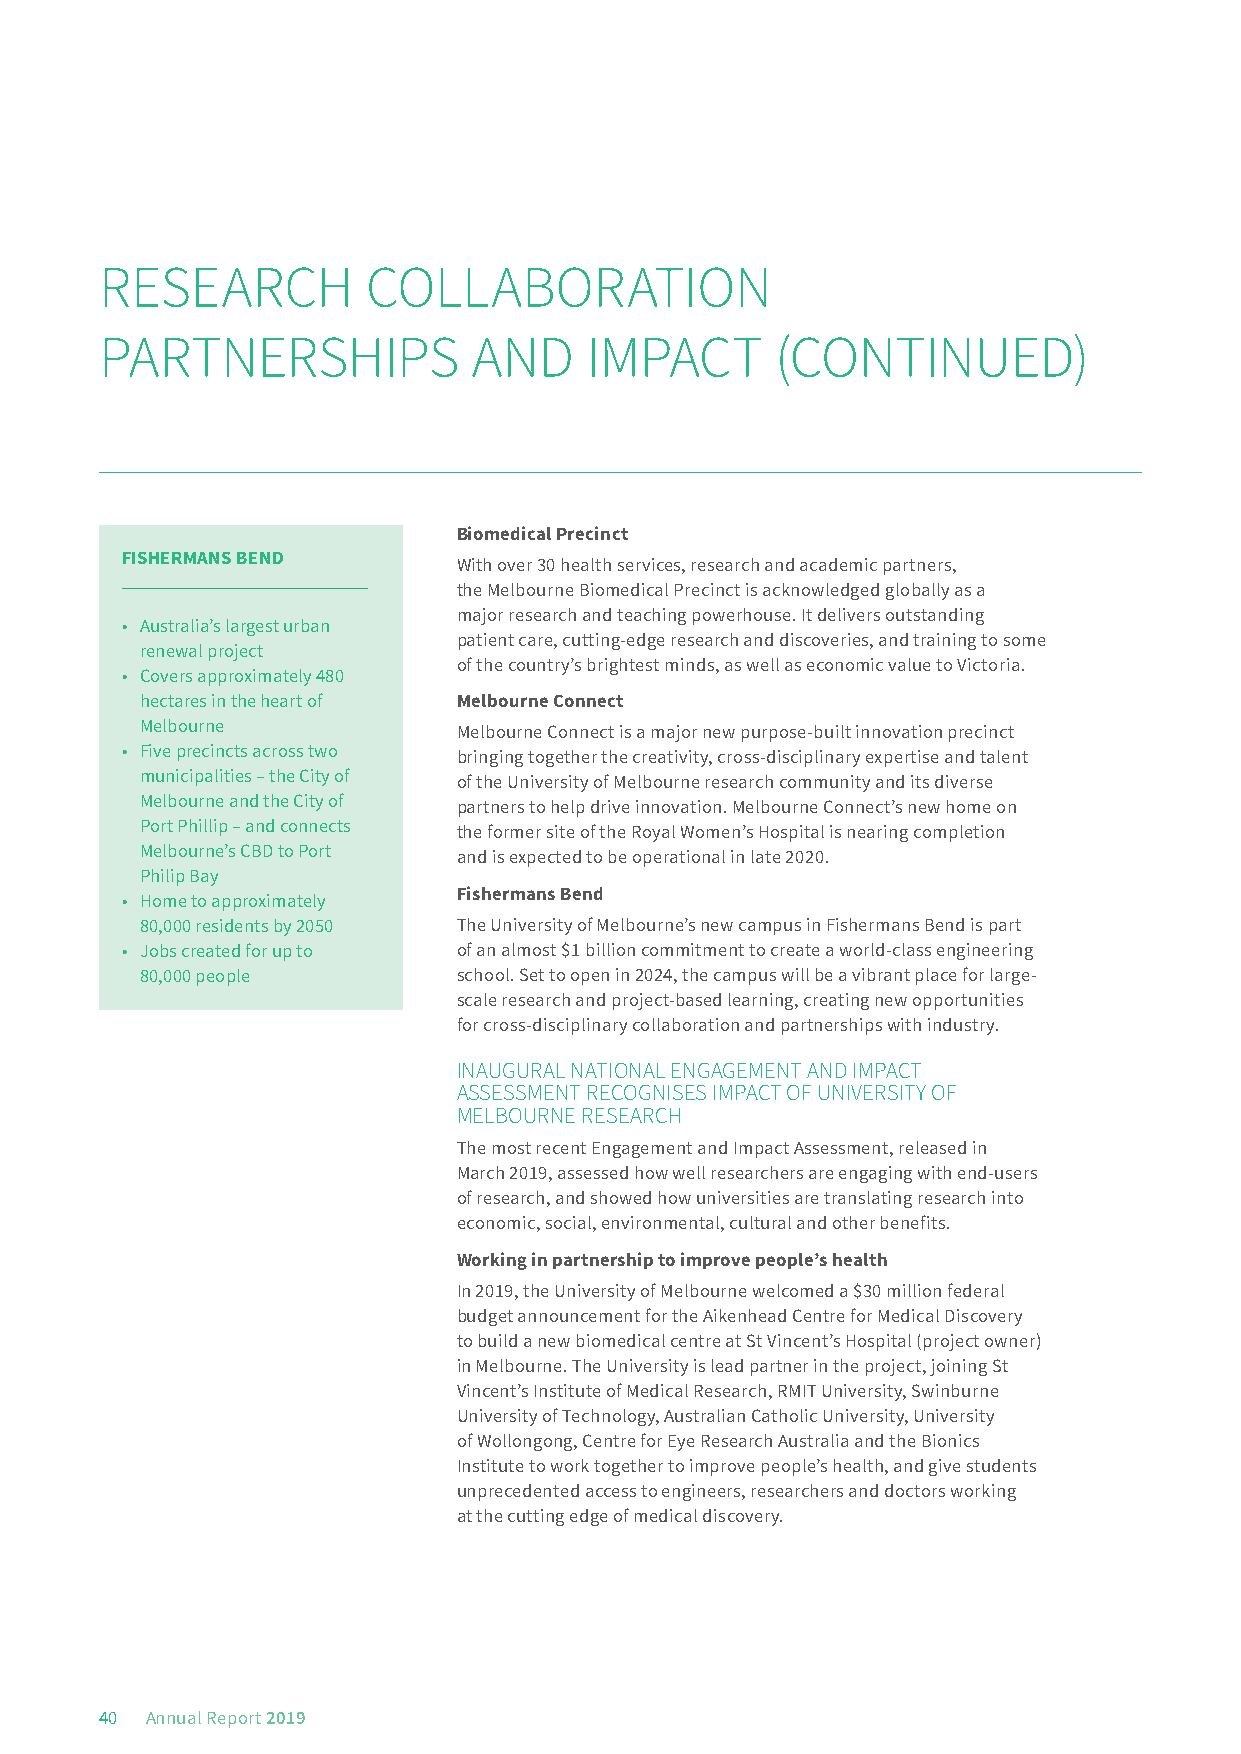
RESEARCH         COLLABORATION
 PARTNERSHIPS            AND     IMPACT      (CONTINUED)
 Biomedical Precinct
 FISHERMANS BEND       With over 30 health services, research and academic partners,
 the Melbourne Biomedical Precinct is acknowledged globally as a
 major research and teaching powerhouse. It delivers outstanding
 • Australia’s largest urban
 patient care, cutting-edge research and discoveries, and training to some
 renewal project
 of the country’s brightest minds, as well as economic value to Victoria.
 • Covers approximately 480
 hectares in the heart of Melbourne Connect
 Melbourne
 Melbourne Connect is a major new purpose-built innovation precinct
 • Five precincts across two
 bringing together the creativity, cross-disciplinary expertise and talent
 municipalities – the City of
 of the University of Melbourne research community and its diverse
 Melbourne and the City of
 partners to help drive innovation. Melbourne Connect’s new home on
 Port Phillip – and connects
 the former site of the Royal Women’s Hospital is nearing completion
 Melbourne’s CBD to Port
 and is expected to be operational in late 2020.
 Philip Bay
 • Home to approximately Fishermans Bend
 80,000 residents by 2050 The University of Melbourne’s new campus in Fishermans Bend is part
 • Jobs created for up to of an almost $1 billion commitment to create a world-class engineering
 80,000 people        school. Set to open in 2024, the campus will be a vibrant place for large-
 scale research and project-based learning, creating new opportunities
 for cross-disciplinary collaboration and partnerships with industry.
 INAUGURAL NATIONAL ENGAGEMENT AND IMPACT
 ASSESSMENT RECOGNISES IMPACT OF UNIVERSITY OF
 MELBOURNE RESEARCH
 The most recent Engagement and Impact Assessment, released in
 March 2019, assessed how well researchers are engaging with end-users
 of research, and showed how universities are translating research into
 economic, social, environmental, cultural and other benefits.
 Working in partnership to improve people’s health
 In 2019, the University of Melbourne welcomed a $30 million federal
 budget announcement for the Aikenhead Centre for Medical Discovery
 to build a new biomedical centre at St Vincent’s Hospital (project owner)
 in Melbourne. The University is lead partner in the project, joining St
 Vincent’s Institute of Medical Research, RMIT University, Swinburne
 University of Technology, Australian Catholic University, University
 of Wollongong, Centre for Eye Research Australia and the Bionics
 Institute to work together to improve people’s health, and give students
 unprecedented access to engineers, researchers and doctors working
 at the cutting edge of medical discovery.
 40 Annual Report 2019